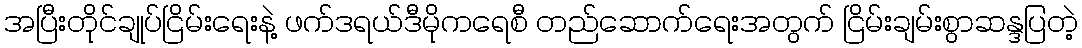
အပြီးတိုင်ချုပ်ငြိမ်းရေးနဲ့ ဖက်ဒရယ်ဒီမိုကရေစီ တည်ဆောက်ရေးအတွက် ငြိမ်းချမ်းစွာဆန္ဒပြတဲ့